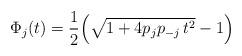
LaTeX: \begin{align*}\Phi_j(t) = \frac{1}{2}\Bigl(\sqrt{1 + 4p_jp_{-j} \,t^2} - 1\Bigr)\end{align*}